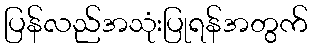
ပြန်လည်အသုံးပြုရန်အတွက်